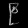
Digit: ၉